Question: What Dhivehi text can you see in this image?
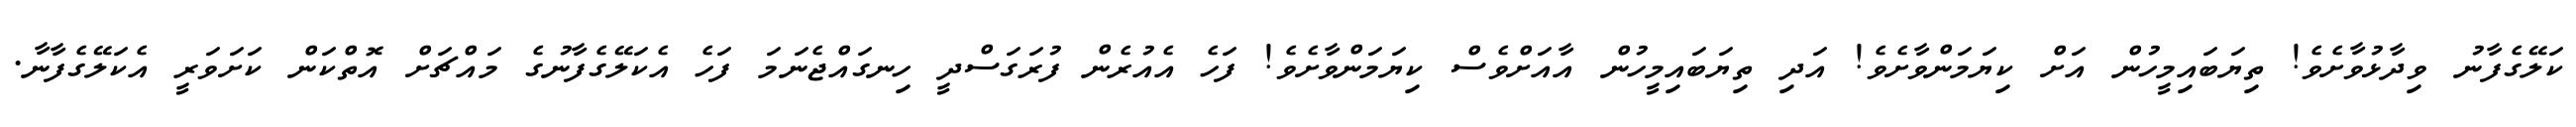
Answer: ކަލޭގެފާނު ވިދާޅުވާށެވެ! ތިޔަބައިމީހުން އަށް ކިޔަމަންވާށެވެ! އަދި ތިޔަބައިމީހުން އާއަށްވެސް ކިޔަމަންވާށެވެ! ފަހެ އެއުރެން ފުރަގަސްދީ ހިނގައްޖެނަމަ ފަހެ އެކަލޭގެފާނުގެ މައްޗަށް އޮތްކަން ކަށަވަރީ އެކަލޭގެފާނާ.